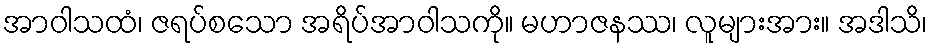
အာဝါသထံ၊ ဇရပ်စသော အရိပ်အာဝါသကို။ မဟာဇနဿ၊ လူများအား။ အဒါသိ၊